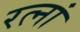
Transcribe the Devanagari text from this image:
रत्‍नां